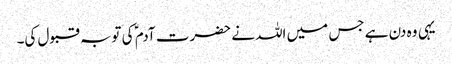
یہی وہ دن ہے جس میں اللہ نے حضرت آدم ؑ کی توبہ قبول کی۔